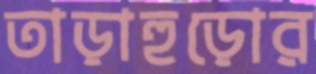
তাড়াহুড়োর